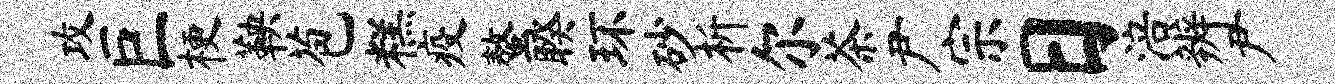
攻巨梗鞅苞糕疫螯睽环砂析尔茶尹宗日涪辨尹